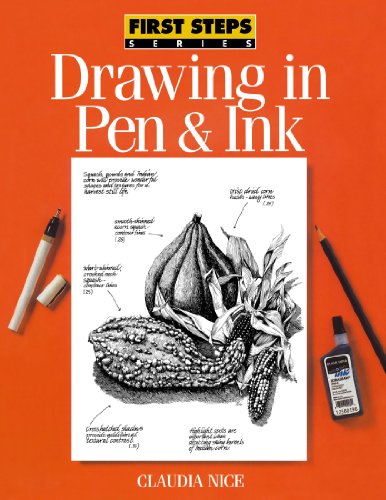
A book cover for Drawing in Pen & Ink (First Steps); Claudia Nice; Arts & Photography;